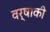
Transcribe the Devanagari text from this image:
वर्षाकी